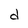
Character: d